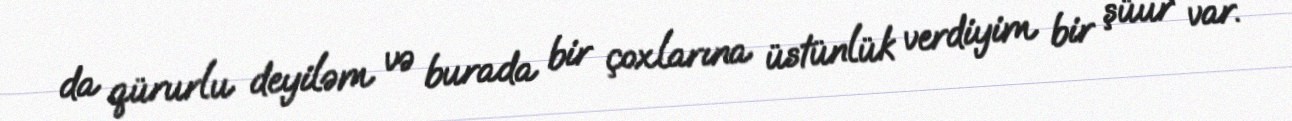
da qürurlu deyiləm və burada bir çoxlarına üstünlük verdiyim bir şüur var.